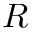
R